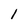
Character: l